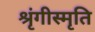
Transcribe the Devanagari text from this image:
श्रृंगीस्मृति